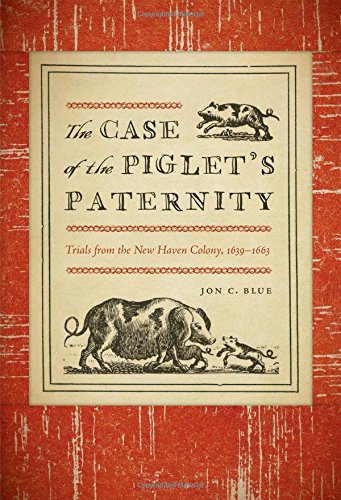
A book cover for The Case of the Piglet's Paternity: Trials from the New Haven Colony, 1639-1663 (The Driftless Connecticut Series & Garnet Books); Jon C. Blue; Law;